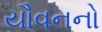
યૌવનનો